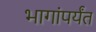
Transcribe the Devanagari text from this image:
भागांपर्यंत